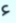
ء